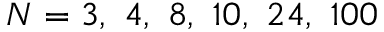
N = 3 , \ 4 , \ 8 , \ 1 0 , \ 2 4 , \ 1 0 0